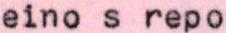
eino s repo